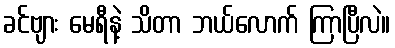
ခင်ဗျား မေရီနဲ့ သိတာ ဘယ်လောက် ကြာပြီလဲ။